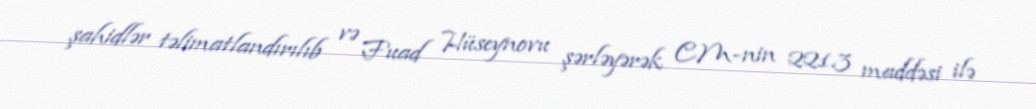
şahidlər təlimatlandırılıb və Fuad Hüseynovu şərləyərək CM-nin 221.3 maddəsi ilə